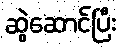
ဆွဲဆောင်ပြီး